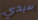
سيدي